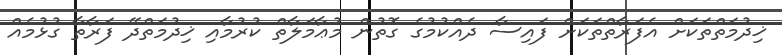
ޚިދުމަތްތަކަށް އެފަރާތްތަކަށް ފައިސާ ދެއްކުމުގެ ގޮތުން މުޢާމަލާތް ކުރުމާއި ޚިދުމަތްދޭ ފަރާތާ ގުޅުމެއް